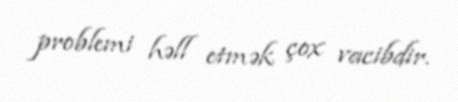
problemi həll etmək çox vacibdir.